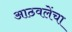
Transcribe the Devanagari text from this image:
आठवलेंचा